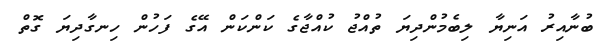
ބުނާއިރު އަނިޔާ ލިބެމުންދިޔަ ތުއްޖު ކުއްޖާގެ ކަންކަން އޭގެ ފަހުން ހިނގާދިޔަ ގޮތް